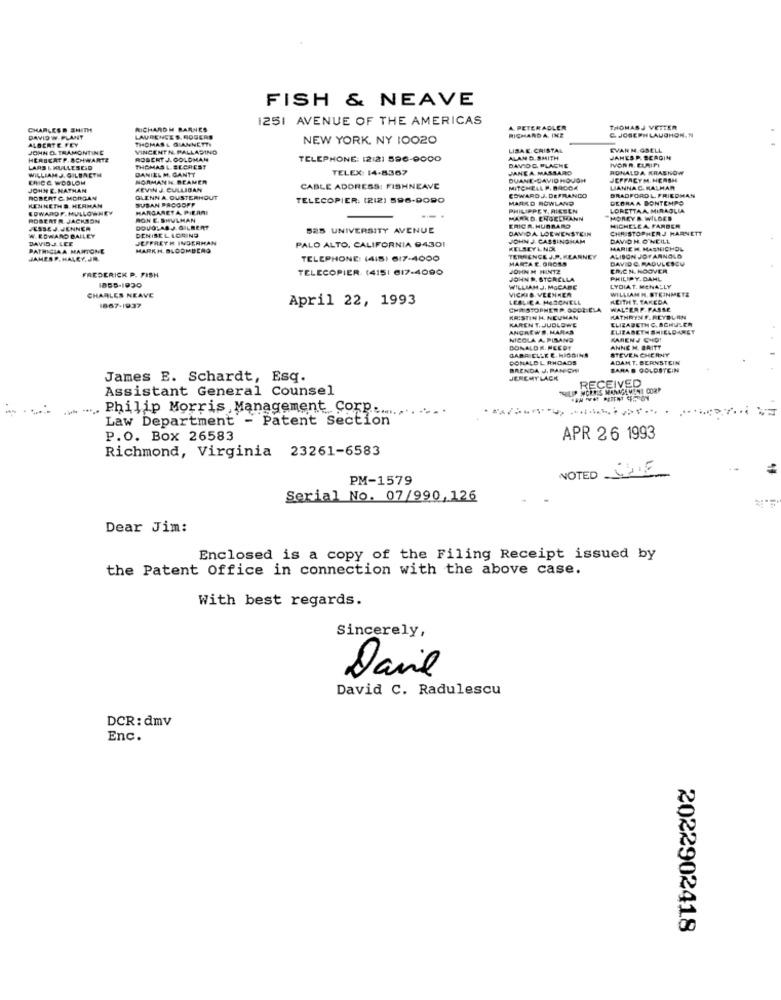
FISH & NEAVE
1251 AVENUE OF THE AMERICAS
CHARLESS SHITH
RICHARDM BARNES
A. PETER ADLER
& JOSEPH LAUGHON. N
THOMASJ VETTER
DAVID W. PLANT
ALBERTE.FEY
LAURENCE S. ROGERS
THOMAS& G'ANNETTY
NEW YORK, NY 10020
RICHARD A. INE
JOHN O. TRAMONTINE
VINCENTN. PALLADINO
LISAE CRISTAL
EVAN M.GSELL
HERBERTP.SCHWARTE
ROBERT J. GOLDMAN
TELEPHONE: 12:21 596-9000
ALAN D. SMITH
JAMES P. BERGIN
IVOR R. ELAIPI
LARS & KULLESEID
WILLIAM J. GILBRETH
THOMAS & SECREST
DANIEL M. GANTT
TELEX: 14-8367
DAVIDG. PLACHE
JANE A MASSARO
RONALDA KRASHOW
ERICE WOOLOM
NORMANI BEAMER
DUANE-DAVID HOUON
JEFFACYM. HERSH
JOHN E. NATHAN
KEVIN J CULLIGAN
CABLE ADDRESS: FISHNEAVE
EDWARD J. DEFRANCO
MITCHELL P. BROOK
LIANNA CHALHAR
ROBERT C. MORGAN
GLENN A OUSTERHOUT
SUSAN PROGOFF
TELECOPIER. (212) 596-9090
MARKO ROWLAND
BRADFORD L FRIEDMAN
DEBRAA BONTEMPO
KENNETHS HERMAN
EDWARDF.HULLOWNEY
MARGARETA PIEAMI
PHILIPPEY. RIESEN
LORETTAA MIRAGLIA
ROBERTR. JACKSON
RON E. SHULMAN
MARKD. ENGELMANN
MOREY & WILDER
JESSEJ.JENNER
DOUGLAS J.GILBERT
DENISEL LORING
525 UNIVERSITY AVENUE
ERIC R. HUBBARD
DAVIDA LOEWENSTEIN
MICHELEA FARBER
CHRISTOPHERJ HARNETT
W. EDWARD BALLEY
DAVID J.LEE
JEFFRETH INGERMAN
PALO ALTO, CALIFORNIA 94301
JOHN J. CASSINGHAM
DAVID H.O'NEILL
PATHICIAA MARTONE
MARKH. BLOOMBERG
KELSEYL NOK
MARIE M. MASNICHOL
JAMESP. HALEY. JR.
TELEPHONE: (4IS) 6/7-4000
TERRENCE J.P. KEARNEY
MARCA E. GROSS
DAVID C. RADULESCU
ALISON JOYARNOLD
TELECOPIER (415| 617-4090
JOHN M PENTE
ERICN. HOOVER
FREDERICK P. FISH
JOHN R. STORELLA
PHILIPY. DAHL
WILLIAM J. MGCARE
VICKI& VEENKER
LYDIAT. MENALLY
WILLIAM H. STEINMETZ
CHARLES NEAVE
April 22, 1993
LESLIEA HOSCHELL
KEITH Y. TAKEDA
1867-1937
CHISTOPHER P. SODE BLA
WALTERP.PASSE
KAREN T. JUDLOWE
KRISTIN H. NEUMAN
KATHRYN F.FCYBLON
ELIZABETH C. SCHULER
ANGREWS, MARKS
ELIZABETH SHIELDARET
NICOLA A. PISANO
KARENJ CHIO!
DONALD R. PECOT
GABRIELLE E. HIGGINS
ANNE M. BRITT
STEVEN CHERNY
DONALD L RHOADS
ADAMT, BERNSTEIN
BRENDA JJ, PANICHI
BANA B GOLDSTEIN
James E. Schardt, Esq.
JEREMYLACK
RECEIVED
Assistant General Counsel
MCROIS MANAGEMENT CORP
WA IVES BEIENT CES ON
. .... Philip Morris , Management Corp .............
Law Department - Patent Section
P.O. Box 26583
APR 26 1993
Richmond, Virginia 23261-6583
NOTED THE
PM-1579
Serial No. 07/990,126
Dear Jim:
Enclosed is a copy of the Filing Receipt issued by
the Patent Office in connection with the above case.
With best regards.
Sincerely,
Davil
David C. Radulescu
DCR: dmv
Enc.
2022902418